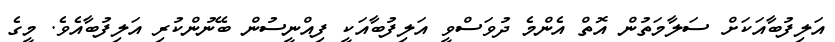
އަލިފުބާއަކަށް ސަލާމަތުން އޮތް އެންމެ ދުވަސްވީ އަލިފުބާއަކީ ފިއްނީސުން ބޭނުންކުރި އަލިފުބާއެވެ. މީގެ